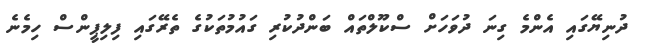
ދުނިޔޭގައި އެންމެ ގިނަ ދުވަހަށް ސްކޫލްތައް ބަންދުކުރި ގައުމުތަކުގެ ތެރޭގައި ފިލިޕީންސް ހިމެނެ